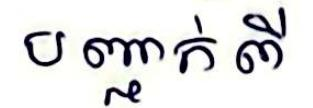
បញ្ជាក់ពី